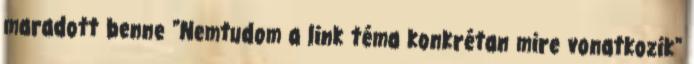
maradott benne "Nemtudom a link téma konkrétan mire vonatkozik"